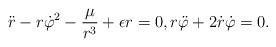
LaTeX: \begin{gather*}\ddot{r}-r\dot{\varphi}^2-\frac{\mu}{r^3}+\epsilon r=0,r\ddot{\varphi}+2\dot{r}\dot{\varphi}=0.\end{gather*}